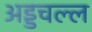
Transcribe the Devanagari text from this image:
अड्डचल्ल